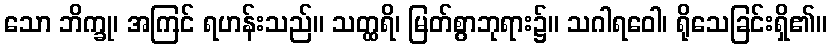
သော ဘိက္ခု၊ အကြင် ရဟန်းသည်။ သတ္ထရိ၊ မြတ်စွာဘုရား၌။ သဂါရဝေါ၊ ရိုသေခြင်းရှိ၏။